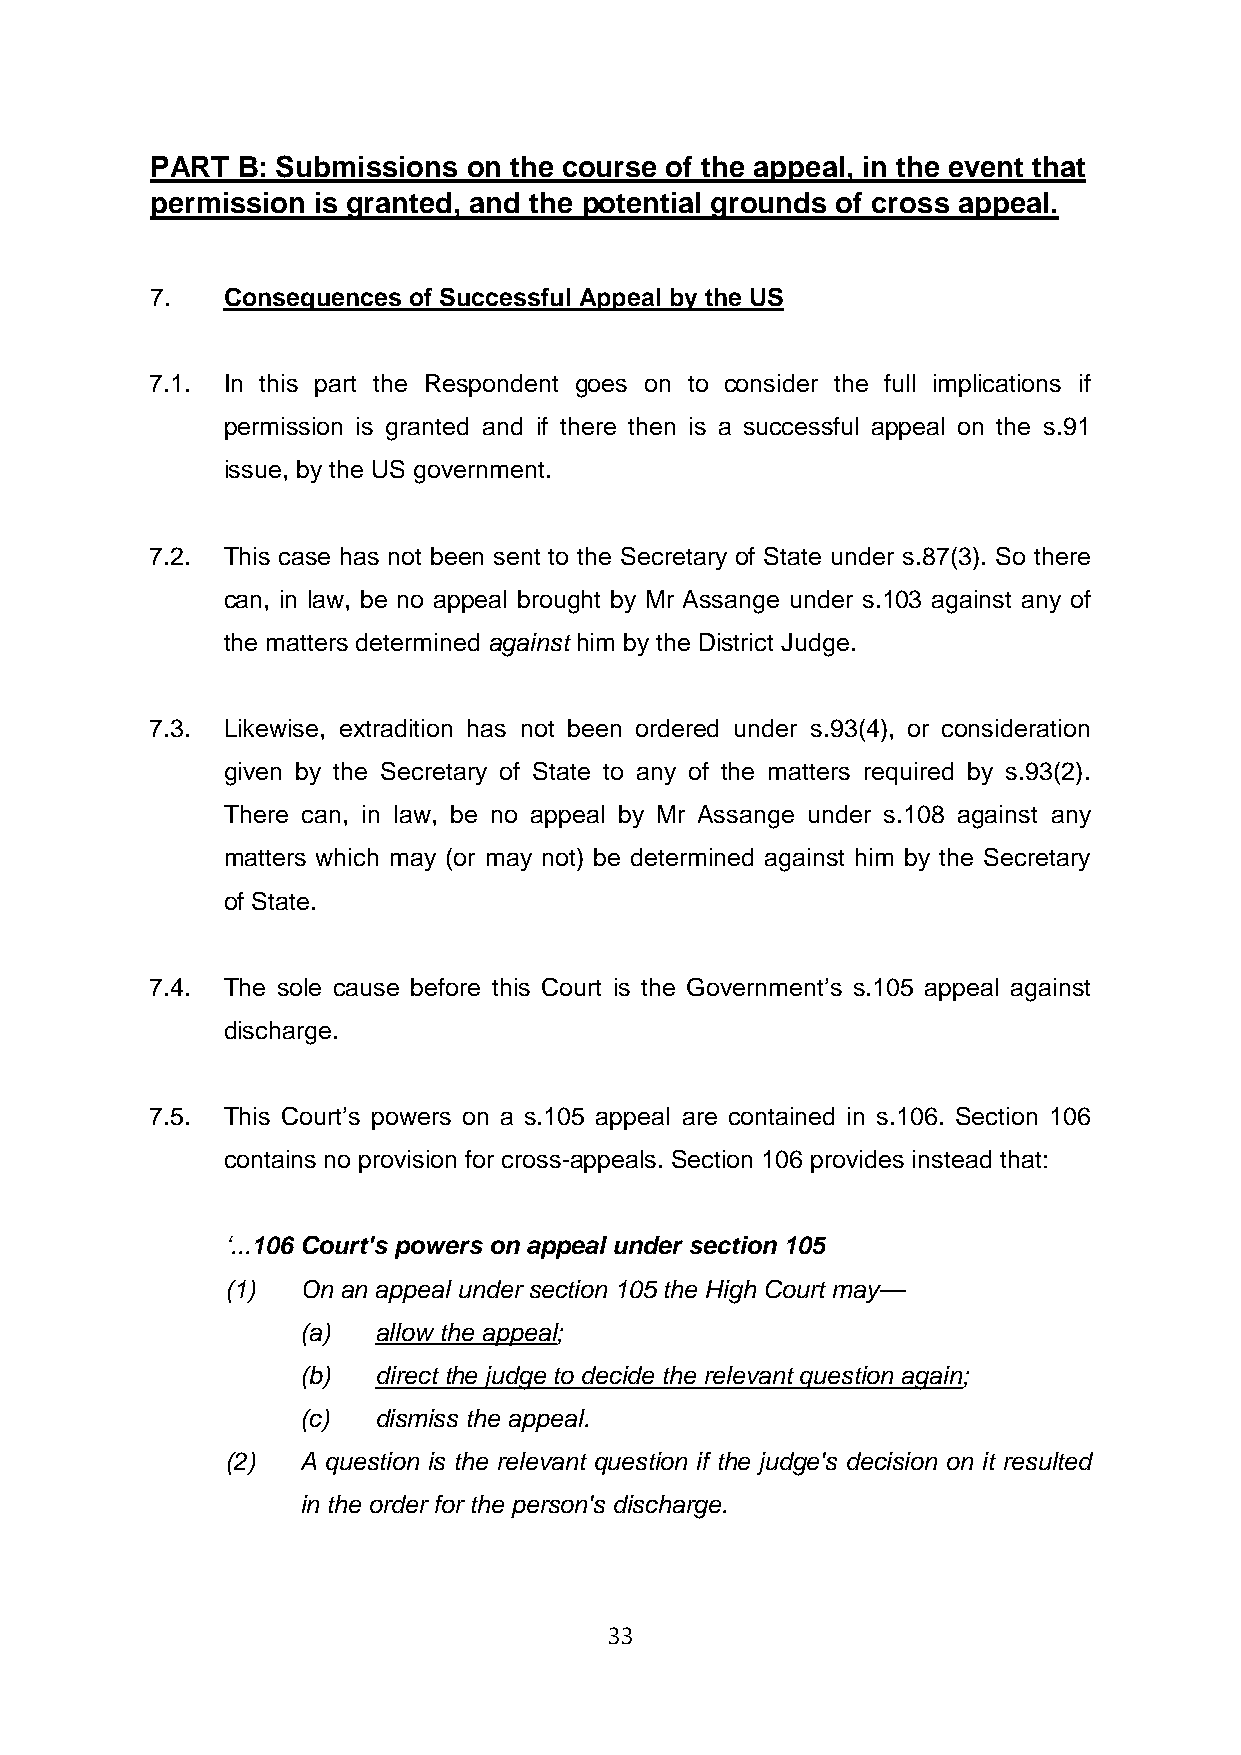
PART  B: Submissions on the course of the appeal, in the event that
 permission is granted, and the potential grounds of cross appeal.
 7.   Consequences of Successful Appeal by the US
 7.1. In this part the Respondent goes on to consider the full implications if
 permission is granted and if there then is a successful appeal on the s.91
 issue, by the US government.
 7.2. This case has not been sent to the Secretary of State under s.87(3). So there
 can, in law, be no appeal brought by Mr Assange under s.103 against any of
 the matters determined against him by the District Judge.
 7.3. Likewise, extradition has not been ordered under s.93(4), or consideration
 given by the Secretary of State to any of the matters required by s.93(2).
 There can, in law, be no appeal by Mr Assange under s.108 against any
 matters which may (or may not) be determined against him by the Secretary
 of State.
 7.4. The sole cause before this Court is the Government’s s.105 appeal against
 discharge.
 7.5. This Court’s powers on a s.105 appeal are contained in s.106. Section 106
 contains no provision for cross-appeals. Section 106 provides instead that:
 ‘...106 Court's powers on appeal under section 105
 (1)  On an appeal under section 105 the High Court may—
 (a)  allow the appeal;
 (b)  direct the judge to decide the relevant question again;
 (c)  dismiss the appeal.
 (2)  A question is the relevant question if the judge's decision on it resulted
 in the order for the person's discharge.
 33